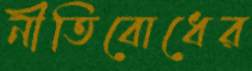
নীতিবোধের